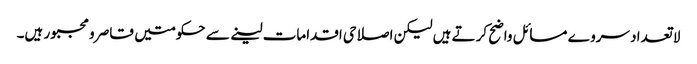
لا تعدا د سروے مسائل واضح کرتے ہیں لیکن اصلاحی اقدامات لینے سے حکومتیں قاصر و مجبور ہیں۔